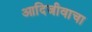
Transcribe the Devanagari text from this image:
आदिजीवाचा